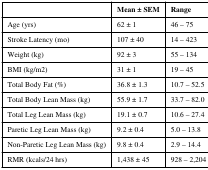
|  | Mean ± SEM | Range |
 | --- | --- | --- |
 | Age (yrs) | 62 ± 1 | 46 – 75 |
 | Stroke Latency (mo) | 107 ± 40 | 14 – 423 |
 | Weight (kg) | 92 ± 3 | 55 – 134 |
 | BMI (kg/m2) | 31 ± 1 | 19 – 45 |
 | Total Body Fat (%) | 36.8 ± 1.3 | 10.7 – 52.5 |
 | Total Body Lean Mass (kg) | 55.9 ± 1.7 | 33.7 – 82.0 |
 | Total Leg Lean Mass (kg) | 19.1 ± 0.7 | 10.6 – 27.4 |
 | Paretic Leg Lean Mass (kg) | 9.2 ± 0.4 | 5.0 – 13.8 |
 | Non-Paretic Leg Lean Mass (kg) | 9.8 ± 0.4 | 2.9 – 14.4 |
 | RMR (kcals/24 hrs) | 1,438 ± 45 | 928 – 2,204 |